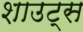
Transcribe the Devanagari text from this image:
शाउट्स